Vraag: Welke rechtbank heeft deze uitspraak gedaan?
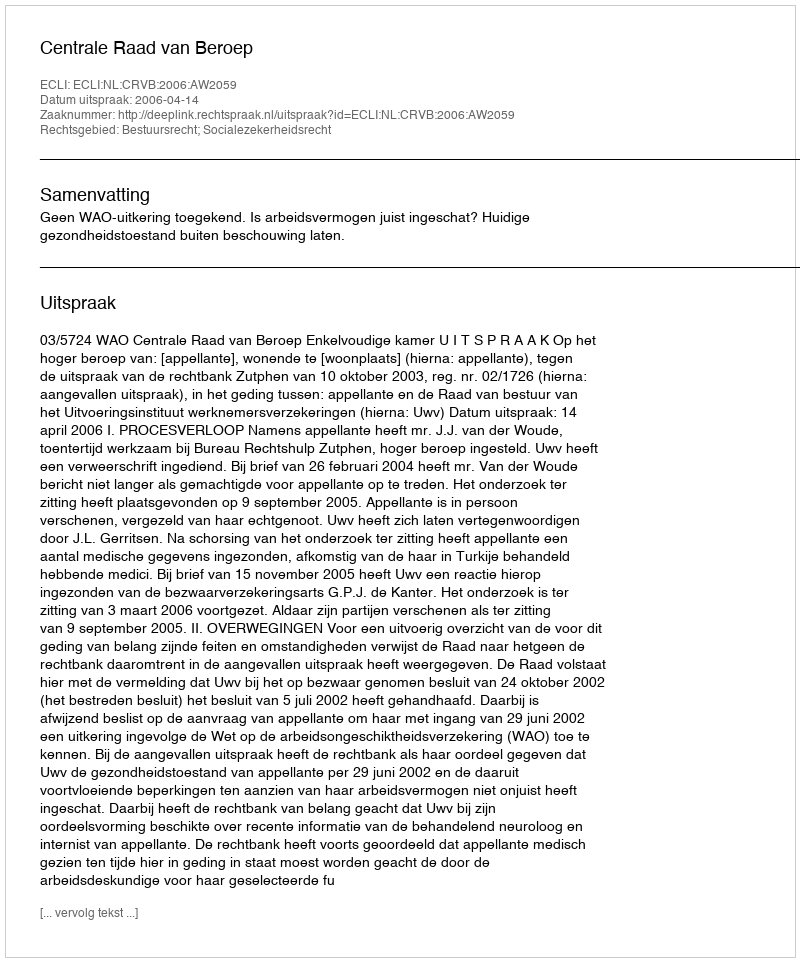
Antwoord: Centrale Raad van Beroep